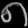
Digit: ၈